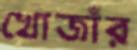
খোজাঁর